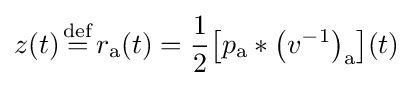
z(t){\stackrel {\mathrm {def} }{{}={}}}r_{\mathrm {a} }(t)={\frac {1}{2}}\!\left[p_{\mathrm {a} }*\left(v^{-1}\right)_{\mathrm {a} }\right]\!(t)